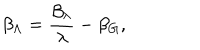
\beta _ { \Lambda } = \frac { \beta _ { \lambda } } { \lambda } - \beta _ { G } ,